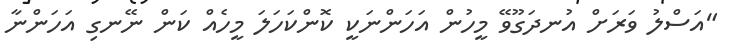
"އަސްލު ވަރަށް އުނދަގޫވޭ މީހުން އަހަންނަކީ ކޮންކަހަލަ މީހެއް ކަން ނޭނގި އަހަންނާ